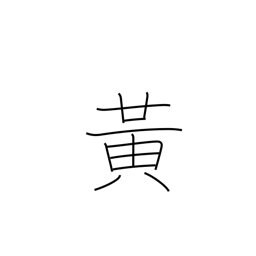
Meaning: yellow